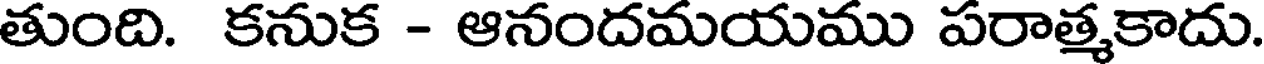
తుంది. కనుక - ఆనందమయము పరాత్మకాదు.